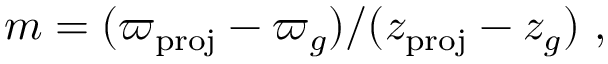
m = ( \varpi _ { \mathrm { p r o j } } - \varpi _ { g } ) / ( z _ { \mathrm { p r o j } } - z _ { g } ) \ ,